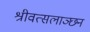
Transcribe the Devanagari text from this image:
श्रीवत्सलाञ्छन